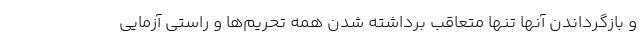
و بازگرداندن آنها تنها متعاقب برداشته شدن همه تحریم‌ها و راستی آزمایی